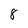
Character: 8